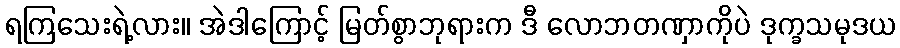
ရကြသေးရဲ့လား။ အဲဒါကြောင့် မြတ်စွာဘုရားက ဒီ လောဘတဏှာကိုပဲ ဒုက္ခသမုဒယ